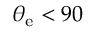
\theta _ { \mathrm { { e } } } < 9 0